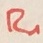
Text: R1